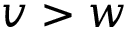
v > w